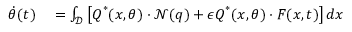
\begin{array} { r l } { \dot { \theta } ( t ) } & { { } = \int _ { \mathcal { D } } \left[ \boldsymbol { Q } ^ { * } ( \boldsymbol { x } , \theta ) \cdot \mathcal { N } ( \boldsymbol { q } ) + \epsilon \boldsymbol { Q } ^ { * } ( \boldsymbol { x } , \theta ) \cdot \boldsymbol { F } ( \boldsymbol { x } , t ) \right] d \boldsymbol { x } } \end{array}